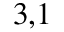
^ { 3 , 1 }